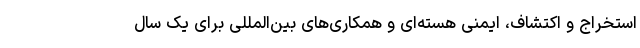
استخراج و اکتشاف، ایمنی هسته‌ای و همکاری‌های بین‌المللی برای یک سال